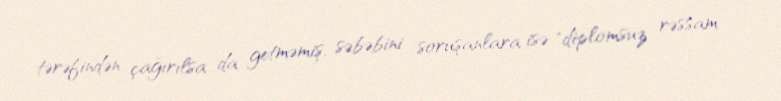
tərəfindən çağırılsa da getməmiş, səbəbini soruşanlara isə "diplomsuz rəssam